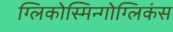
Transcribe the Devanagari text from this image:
ग्लिकोस्मिन्गोग्लिकंस